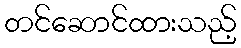
တင်ဆောင်ထားသည့်